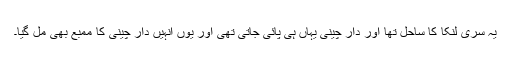
یہ سری لنکا کا ساحل تھا اور دار چینی یہاں ہی پائی جاتی تھی اور یوں انہیں دار چینی کا ممبع بھی مل گیا۔